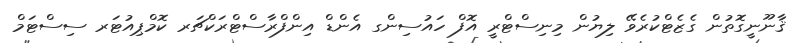
ޤާނޫނީގޮތުން ގެޒެޓްކުރެވޭ ލިޔުން މިނިސްޓްރީ އޮފް ހައުސިންގ އެންޑް އިންފްރާސްޓްރަކްޗަރ ކޮމްޕިއުޓަރ ސިސްޓަމް